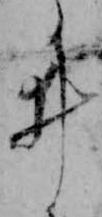
ゐ